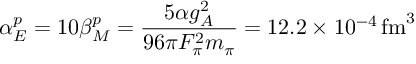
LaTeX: \alpha _ { E } ^ { p } = 1 0 \beta _ { M } ^ { p } = { \frac { 5 \alpha g _ { A } ^ { 2 } } { 9 6 \pi F _ { \pi } ^ { 2 } m _ { \pi } } } = 1 2 . 2 \times 1 0 ^ { - 4 } \, \mathrm { f m } ^ { 3 }